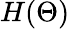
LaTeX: H(\Theta)